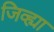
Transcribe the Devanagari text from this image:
जिव्ह्या